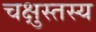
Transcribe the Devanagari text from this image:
चक्षुस्तस्य